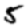
Digit: 5